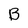
Character: B